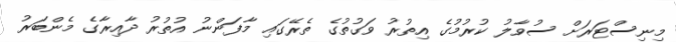
މިނިސްޓަރަށް ސުވާލު ކުރުމުގެ އިތުރު ވަގުތުގެ ތެރޭގައި މާފަންނު އުތުރު ދާއިރާގެ މެންބަރު